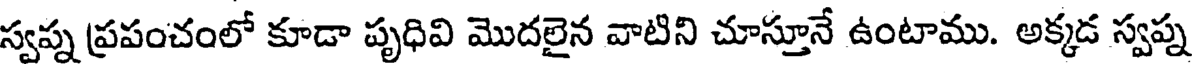
స్వప్న ప్రపంచంలో కూడా పృధివి మొదలైన వాటిని చూస్తూనే ఉంటాము. అక్కడ స్వప్న